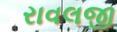
રાવલજી